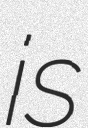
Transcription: is